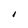
Character: I